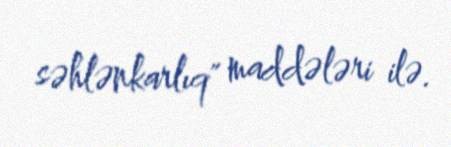
səhlənkarlıq" maddələri ilə.